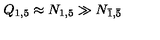
Q _ { 1 , 5 } \approx N _ { 1 , 5 } \gg N _ { \bar { 1 } , \bar { 5 } }